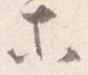
等